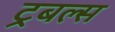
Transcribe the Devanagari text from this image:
ट्रबल्स